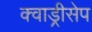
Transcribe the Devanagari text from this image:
क्वाड्रीसेप